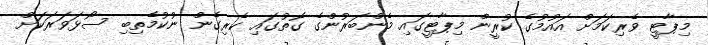
މިޕާޓީ ވެރިކަމަށް އައުމުގެ ކުރީން މިޕާޓީގައި މެންބަރުންގެ ގޮތުގައި ކެރިގެން ނުކުމެތިބި ސޯޅަވަރަކަށް